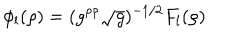
\phi _ { l } ( \rho ) = ( g ^ { \rho \rho } \sqrt { g } ) ^ { - 1 / 2 } F _ { l } ( \rho )